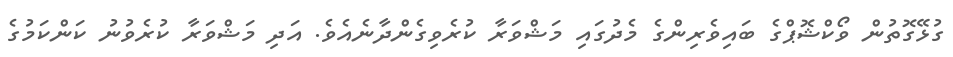
ގުޅޭގޮތުން ވޯކްޝޮޕްގެ ބައިވެރިންގެ މެދުގައި މަޝްވަރާ ކުރެވިގެންދާނެއެވެ. އަދި މަޝްވަރާ ކުރެވުނު ކަންކަމުގެ